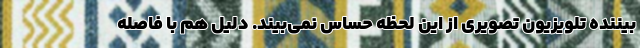
بیننده تلویزیون تصویری از این لحظه حساس نمی‌بیند. دلیل هم با فاصله